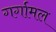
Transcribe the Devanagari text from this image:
गर्गामल